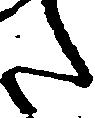
た